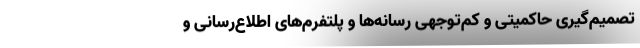
تصمیم‌گیری حاکمیتی و کم‌توجهی رسانه‌ها و پلتفرم‌های اطلاع‌رسانی و